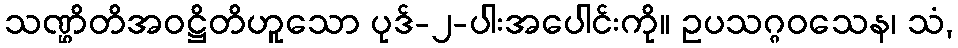
သဏ္ဌိတိအဝဋ္ဌိတိဟူသော ပုဒ်-၂-ပါးအပေါင်းကို။ ဥပသဂ္ဂဝသေန၊ သံ,